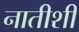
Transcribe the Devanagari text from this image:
नातीशी